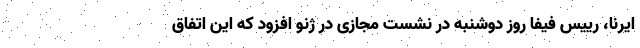
ایرنا، رییس فیفا روز دوشنبه در نشست مجازی در ژنو افزود که این اتفاق